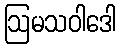
ဩမသဝါဒေါ